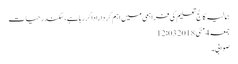
ہمالیہ کالج تعلیم کی فراہمی میں اہم کرداراداکررہاہے،سکندرحیات
جمعہ 4 مئی 2018 12:03
صوابی۔